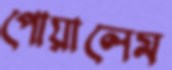
পোয়ালেম